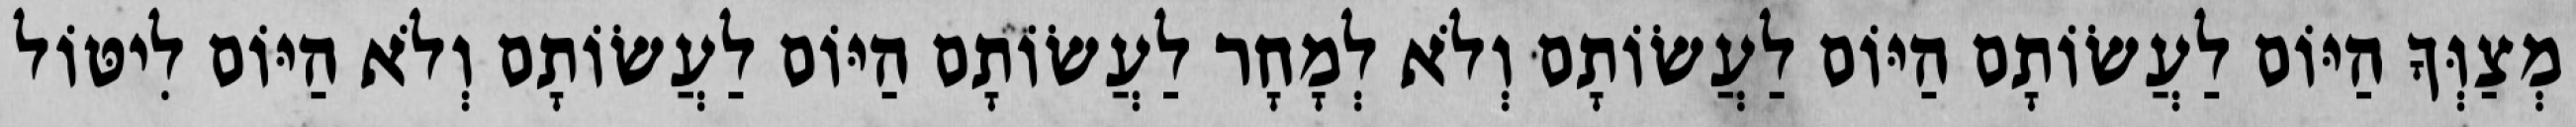
מְצַוְּךָ הַיּוֹם לַעֲשׂוֹתָם הַיּוֹם לַעֲשׂוֹתָם וְלֹא לְמָחָר לַעֲשׂוֹתָם הַיּוֹם לַעֲשׂוֹתָם וְלֹא הַיּוֹם לִיטּוֹל